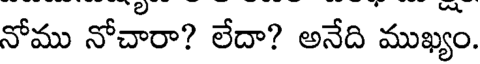
నోము నోచారా? లేదా? అనేది ముఖ్యం.